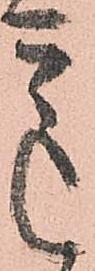
意